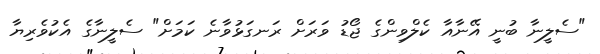
"ސެލީނާ ބުނީ އޭނާއާ ކެލްވިންގެ ޖޯޑު ވަރަށް ރަނގަޅުވާނެ ކަމަށް" ސެލީނާގެ އެކުވެރިޔާ